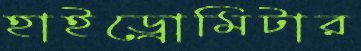
হাইড্রোমিটার